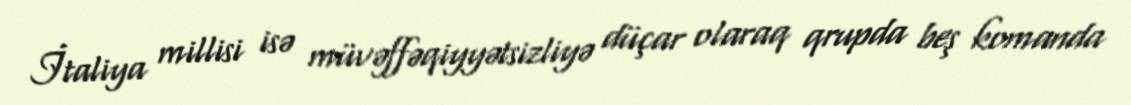
İtaliya millisi isə müvəffəqiyyətsizliyə düçar olaraq qrupda beş komanda